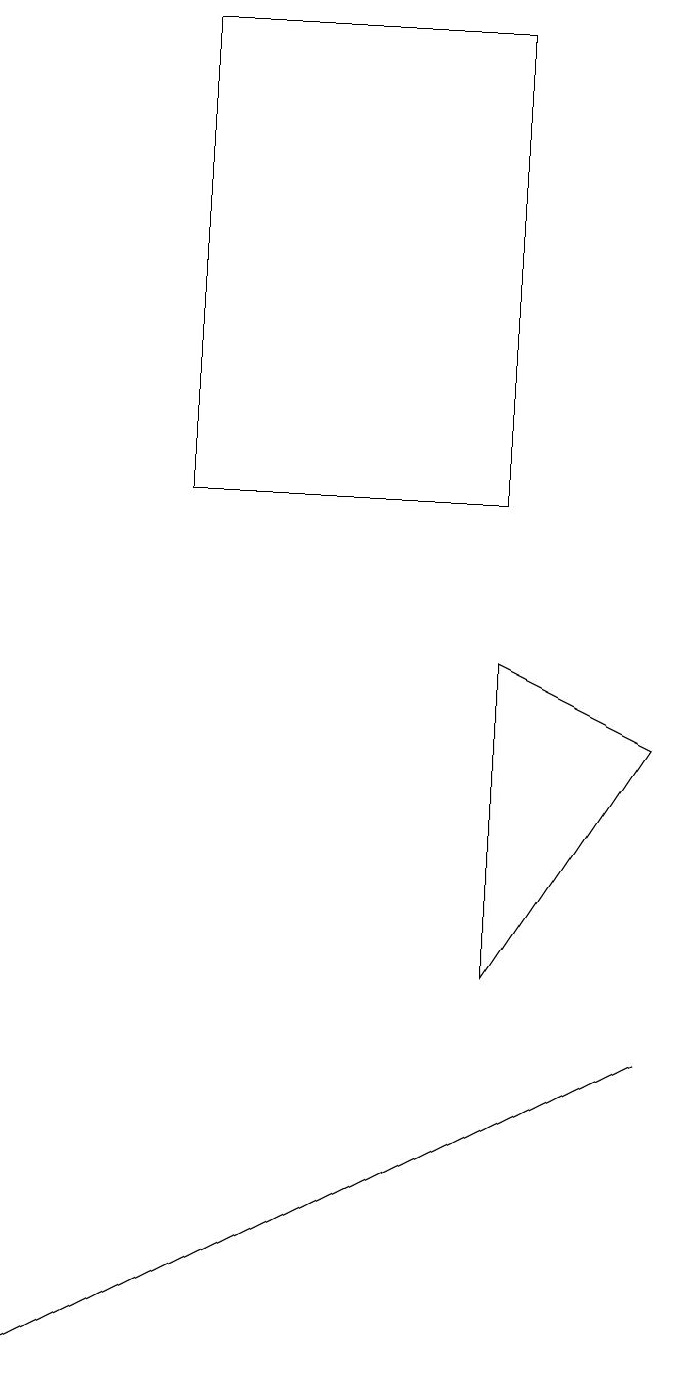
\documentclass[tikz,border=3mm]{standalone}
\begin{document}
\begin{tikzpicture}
\draw (7,17) rectangle (3,11);
\draw (5,2) -- (9,4) -- (1,0) -- cycle;
\draw (7,5) -- (9,8) -- (7,9) -- cycle;
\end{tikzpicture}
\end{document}